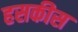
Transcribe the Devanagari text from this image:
हसकीस